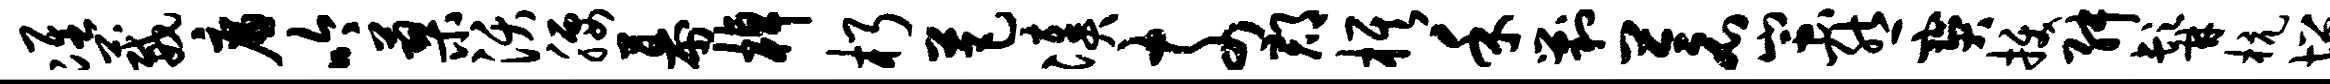
准葳廉吟蓼沃腰幕棹朽芭凑奈郡旗禾剿苍蚩熊宝拔舛髯杭增